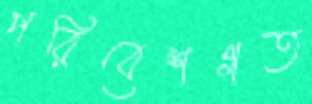
পরিবেশগত